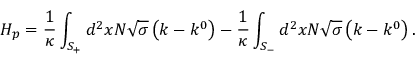
H _ { p } = \frac { 1 } { \kappa } \int _ { S _ { + } } ^ { { } } d ^ { 2 } x N \sqrt { \sigma } \left( k - k ^ { 0 } \right) - \frac { 1 } { \kappa } \int _ { S _ { - } } d ^ { 2 } x N \sqrt { \sigma } \left( k - k ^ { 0 } \right) .